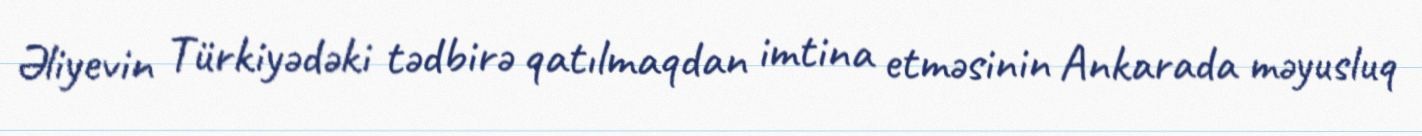
Əliyevin Türkiyədəki tədbirə qatılmaqdan imtina etməsinin Ankarada məyusluq